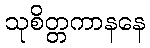
သုစိတ္တကာနနေ